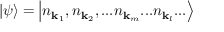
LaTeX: | \psi \rangle = \left| n _ { \mathbf { k } _ { 1 } } , n _ { \mathbf { k } _ { 2 } } , . . . n _ { \mathbf { k } _ { m } } . . . n _ { \mathbf { k } _ { l } } . . . \right\rangle